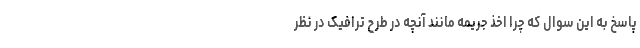
پاسخ به این سوال که چرا اخذ جریمه مانند آنچه در طرح ترافیک در نظر